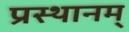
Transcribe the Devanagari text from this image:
प्रस्थानम्